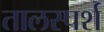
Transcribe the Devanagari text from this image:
तालस्पर्श